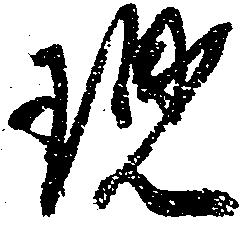
現